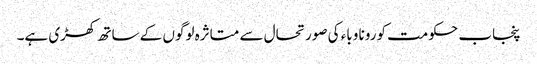
پنجاب حکومت کورونا وباء کی صورتحال سے متاثرہ لوگوں کے ساتھ کھڑی ہے۔